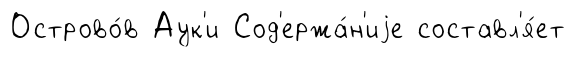
Острово́в Аук'и Сод'ержа́н'иjе составл'я́ет